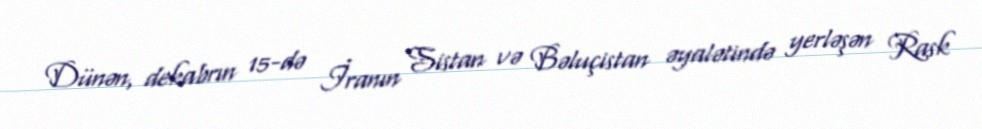
Dünən, dekabrın 15-də İranın Sistan və Bəluçistan əyalətində yerləşən Rask